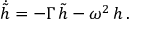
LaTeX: \dot { \tilde { h } } = - \Gamma \, { \tilde { h } } - \omega ^ { 2 } \, h \, .